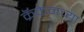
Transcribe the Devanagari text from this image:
क्रॅकेनच्या